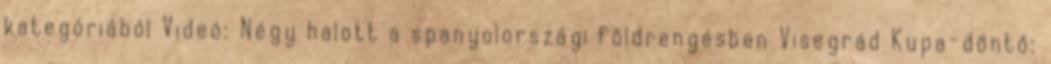
kategóriából Videó: Négy halott a spanyolországi földrengésben Visegrád Kupa-döntő: